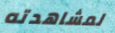
لمشاهدته